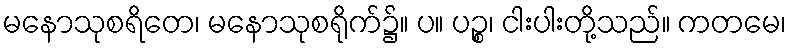
မနောသုစရိတေ၊ မနောသုစရိုက်၌။ ပ။ ပဉ္စ၊ ငါးပါးတို့သည်။ ကတမေ၊